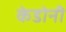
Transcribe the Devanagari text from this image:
केडोनी